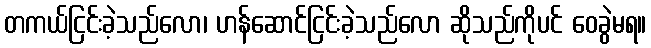
တကယ်ငြင်းခဲ့သည်လော၊ ဟန်ဆောင်ငြင်းခဲ့သည်လော ဆိုသည်ကိုပင် ဝေခွဲမရ။